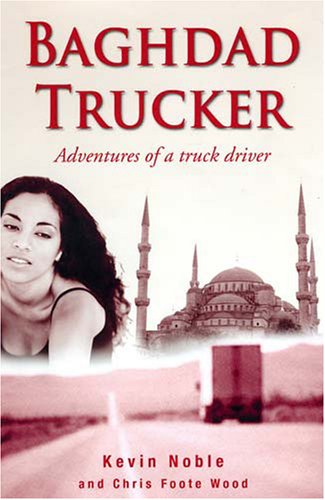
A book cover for Baghdad Trucker: Adventures of a Truck Driver; Kevin Noble; Chris Foote Wood; Travel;